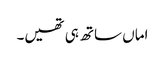
اماں ساتھ ہی تھیں۔